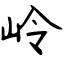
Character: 岭